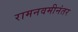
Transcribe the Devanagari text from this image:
रामनवमीनंतर